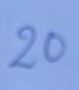
20